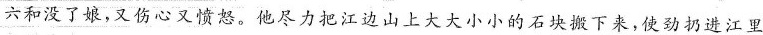
六和没了娘，又伤心又愤怒。他尽力把江边山上大大小小的石块搬下来，使劲扔进江里